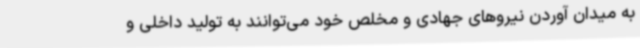
به میدان آوردن نیروهای جهادی و مخلص خود می‌توانند به تولید داخلی و